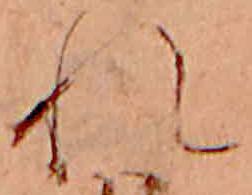
れ